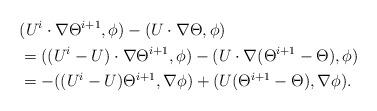
LaTeX: \begin{align*}&(U^i\cdot\nabla\Theta^{i+1},\phi)-(U\cdot\nabla\Theta,\phi)\\&=((U^i-U)\cdot\nabla\Theta^{i+1},\phi)-(U\cdot\nabla(\Theta^{i+1}-\Theta),\phi)\\&=-((U^i-U)\Theta^{i+1},\nabla\phi)+(U(\Theta^{i+1}-\Theta),\nabla\phi).\end{align*}